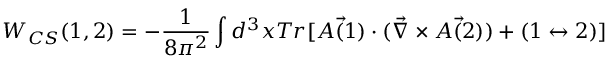
W _ { C S } ( 1 , 2 ) = - \frac { 1 } { 8 \pi ^ { 2 } } \int d ^ { 3 } x T r [ \vec { A ( 1 ) } \cdot ( \vec { \nabla } \times \vec { A ( 2 ) } ) + ( 1 \leftrightarrow 2 ) ]